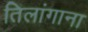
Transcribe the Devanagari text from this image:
तिलांगाना